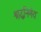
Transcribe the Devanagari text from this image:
श्राद्धनिर्णय